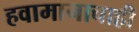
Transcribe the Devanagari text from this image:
हवामानाचाही